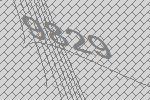
9829